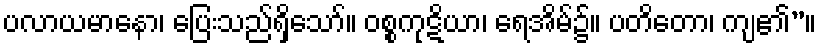
ပလာယမာနော၊ ပြေးသည်ရှိသော်။ ဝစ္စကုဋိယာ၊ ရေအိမ်၌။ ပတိတော၊ ကျ၏”။